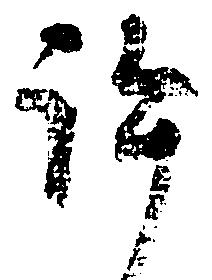
許